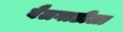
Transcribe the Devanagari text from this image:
बैलगाडीला